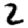
Digit: 2